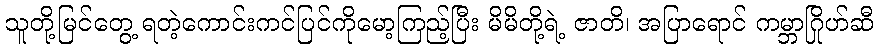
သူတို့မြင်တွေ့ ရတဲ့ကောင်းကင်ပြင်ကိုမော့ကြည့်ပြီး မိမိတို့ရဲ့ ဇာတိ၊ အပြာရောင် ကမ္ဘာဂြိုဟ်ဆီ